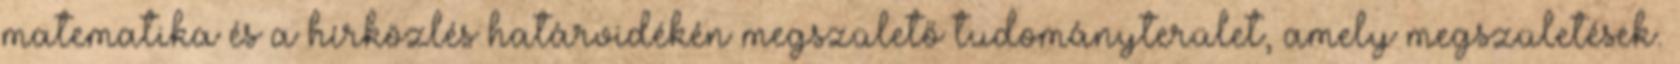
matematika és a hírközlés határvidékén megszülető tudományterület, amely megszületések.